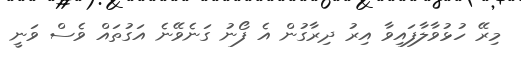
މިރޭ ހުޅުވާލާފައިވާ އިރު ދިރާގުން އެ ފޯނު ގަނެވޭނެ އަގުތައް ވެސް ވަނީ